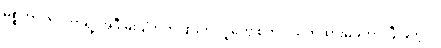
မစ္စတာ ဇပါတာရဲ့ အဲဒီ မိုးပျံဘုတ်ပြားကို လူတွေ စတင် သတိထားမိခဲ့တာ ပြီးခဲ့တဲ့လ